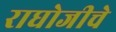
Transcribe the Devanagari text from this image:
राघोजीचे